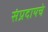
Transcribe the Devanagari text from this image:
संप्रदायचे